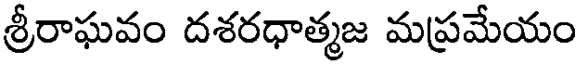
శ్రీరాఘవం దశరధాత్మజ మప్రమేయం